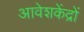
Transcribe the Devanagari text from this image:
आवेशकेंद्रों